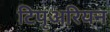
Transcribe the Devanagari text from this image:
टिपृअरियन